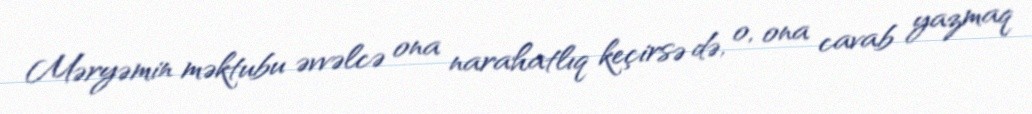
Məryəmin məktubu əvvəlcə ona narahatlıq keçirsə də, o, ona cavab yazmaq